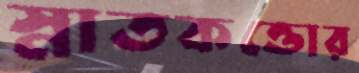
স্নাতকত্তোর